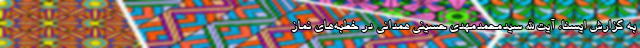
به گزارش ایسنا، آیت الله سیدمحمدمهدی حسینی همدانی در خطبه‌های نماز